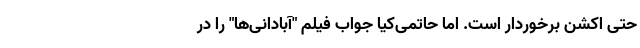
حتی اکشن برخوردار است. اما حاتمی‌کیا جواب فیلم "آبادانی‌ها" را در